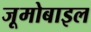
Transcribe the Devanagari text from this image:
जूमोबाइल